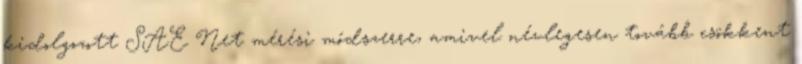
kidolgozott SAE Net mérési módszerre, amivel névlegesen tovább csökkent